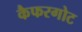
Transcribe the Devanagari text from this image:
कैफरगोट